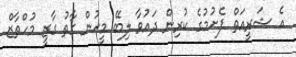
އެ ޝަރީއަތް ފެށުމުގެ ކުރިން ދައުވާ ލިބޭ މީހުން ގާތު ގާޒީ މުހްތާޒް